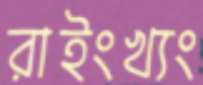
রাইংখ্যং